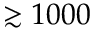
\gtrsim 1 0 0 0